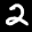
Label: 2